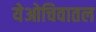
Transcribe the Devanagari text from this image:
येओचिवातल